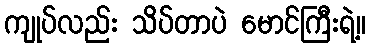
ကျုပ်လည်း သိပ်တာပဲ မောင်ကြီးရဲ့။